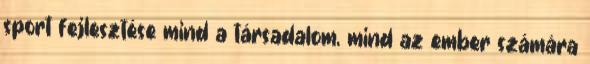
sport fejlesztése mind a társadalom, mind az ember számára